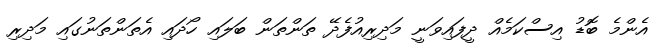
އެންމެ ބޮޑު އިސްކަމެއް ދީފައިވަނީ މަދިރިއުފެދޭ ތަންތަން ބަލައި ހޯދައި އެތަންތަނުގައި މަދިރި